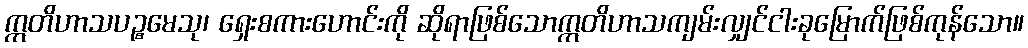
ဣတိဟာသပဉ္စမေသု၊ ရှေးစကားဟောင်းကို ဆိုရာဖြစ်သောဣတိဟာသကျမ်းလျှင်ငါးခုမြောက်ဖြစ်ကုန်သော။